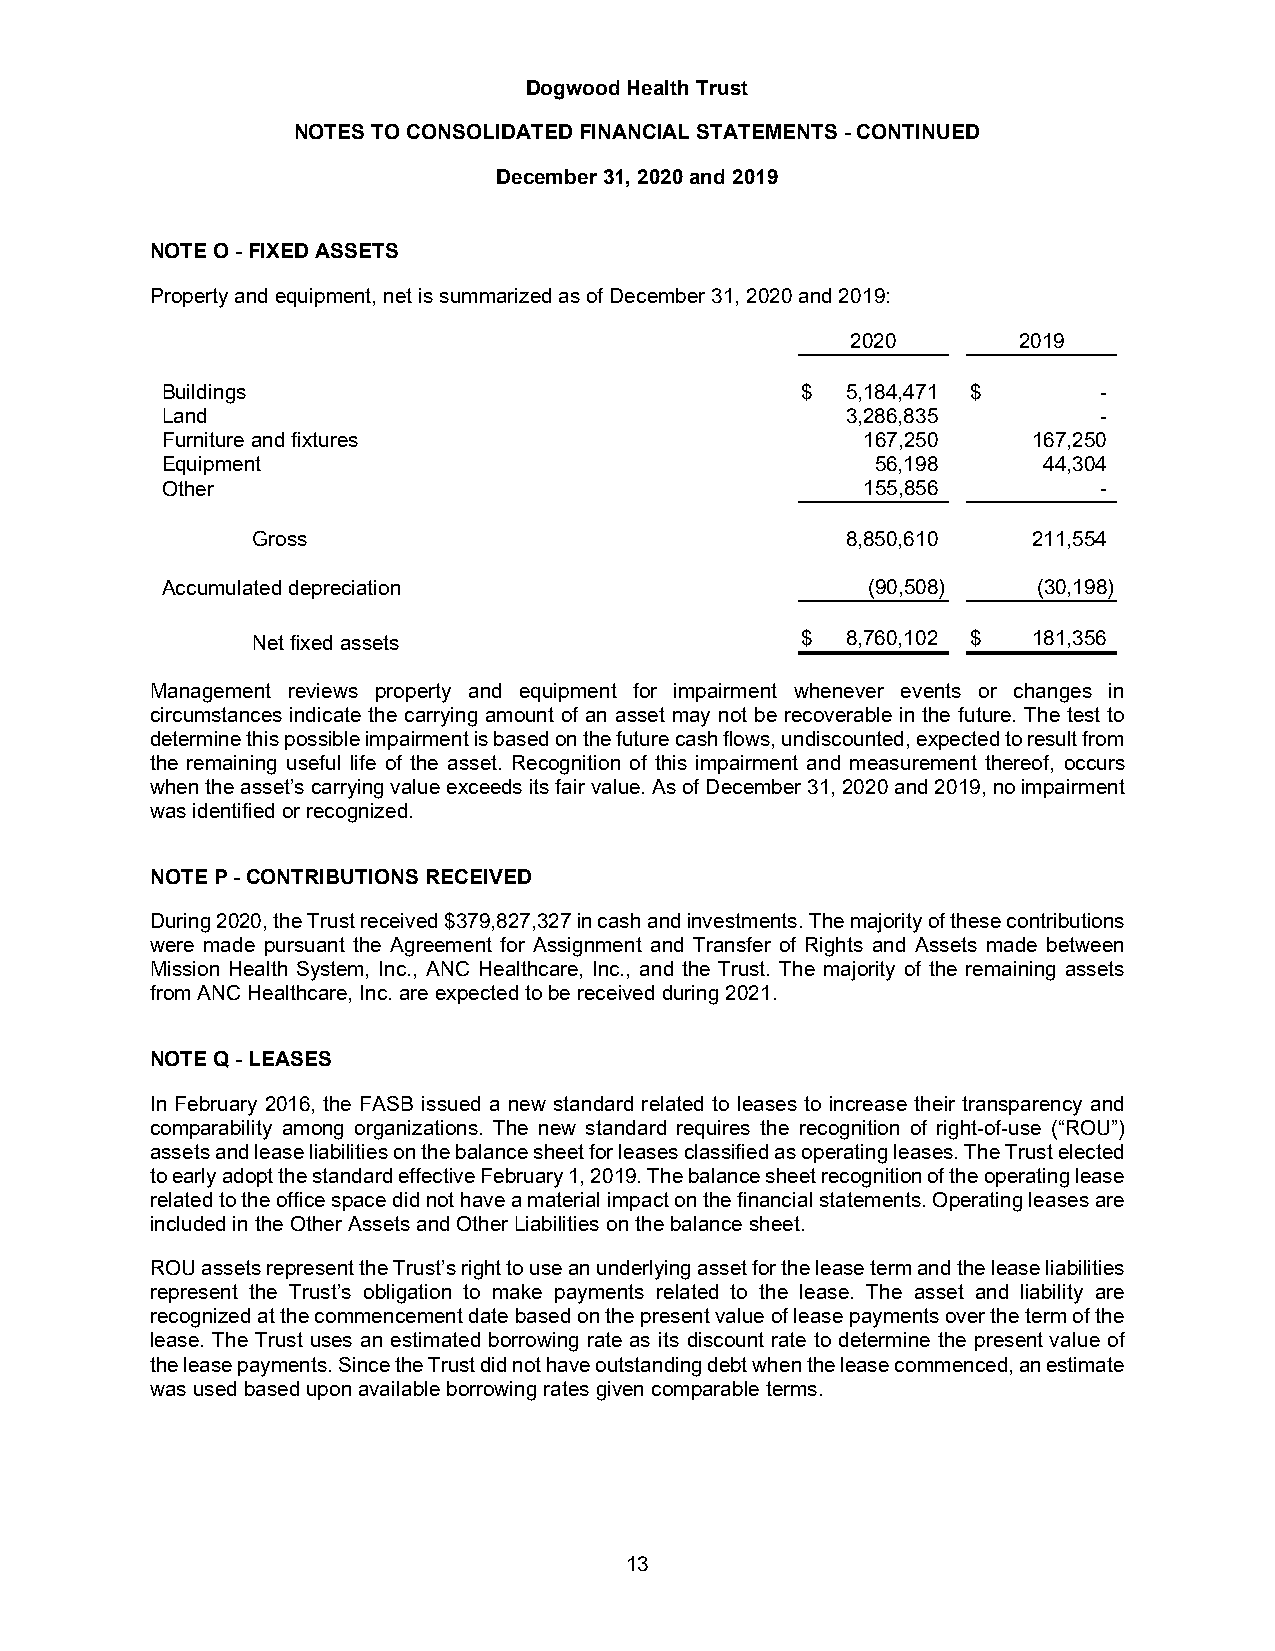
Dogwood Health Trust
 NOTES TO CONSOLIDATED FINANCIAL STATEMENTS - CONTINUED
 December 31, 2020 and 2019
 NOTE O - FIXED ASSETS
 Property and equipment, net is summarized as of December 31, 2020 and 2019:
 2020       2019
 Buildings                                 $  5,184,471 $      -
 Land                                         3,286,835        -
 Furniture and fixtures                        167,250    167,250
 Equipment                                      56,198     44,304
 Other                                         155,856         -
 Gross                                  8,850,610   211,554
 Accumulated depreciation                      (90,508)    (30,198)
 Net fixed assets                    $  8,760,102 $ 181,356
 Management reviews property and equipment for impairment whenever events or changes in
 circumstances indicate the carrying amount of an asset may not be recoverable in the future. The test to
 determine this possible impairment is based on the future cash flows, undiscounted, expected to result from
 the remaining useful life of the asset. Recognition of this impairment and measurement thereof, occurs
 when the asset’s carrying value exceeds its fair value. As of December 31, 2020 and 2019, no impairment
 was identified or recognized.
 NOTE P - CONTRIBUTIONS RECEIVED
 During 2020, the Trust received $379,827,327 in cash and investments. The majority of these contributions
 were made pursuant the Agreement for Assignment and Transfer of Rights and Assets made between
 Mission Health System, Inc., ANC Healthcare, Inc., and the Trust. The majority of the remaining assets
 from ANC Healthcare, Inc. are expected to be received during 2021.
 NOTE Q - LEASES
 In February 2016, the FASB issued a new standard related to leases to increase their transparency and
 comparability among organizations. The new standard requires the recognition of right-of-use (“ROU”)
 assets and lease liabilities on the balance sheet for leases classified as operating leases. The Trust elected
 to early adopt the standard effective February 1, 2019. The balance sheet recognition of the operating lease
 related to the office space did not have a material impact on the financial statements. Operating leases are
 included in the Other Assets and Other Liabilities on the balance sheet.
 ROU assets represent the Trust’s right to use an underlying asset for the lease term and the lease liabilities
 represent the Trust’s obligation to make payments related to the lease. The asset and liability are
 recognized at the commencement date based on the present value of lease payments over the term of the
 lease. The Trust uses an estimated borrowing rate as its discount rate to determine the present value of
 the lease payments. Since the Trust did not have outstanding debt when the lease commenced, an estimate
 was used based upon available borrowing rates given comparable terms.
 13